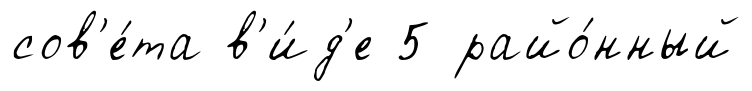
сов'е́та в'и́д'е 5 райо́нный